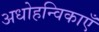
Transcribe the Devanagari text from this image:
अधोहन्विकाएँ